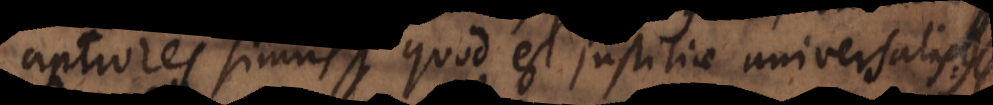
aptiores simus, quod est justitiae universalis